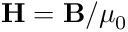
{ \bf H } = { \bf B } / \mu _ { 0 }